Civil Veterinary Department. Central Provinces & Berar 1932-41 - 1932-1941
Year: 1932
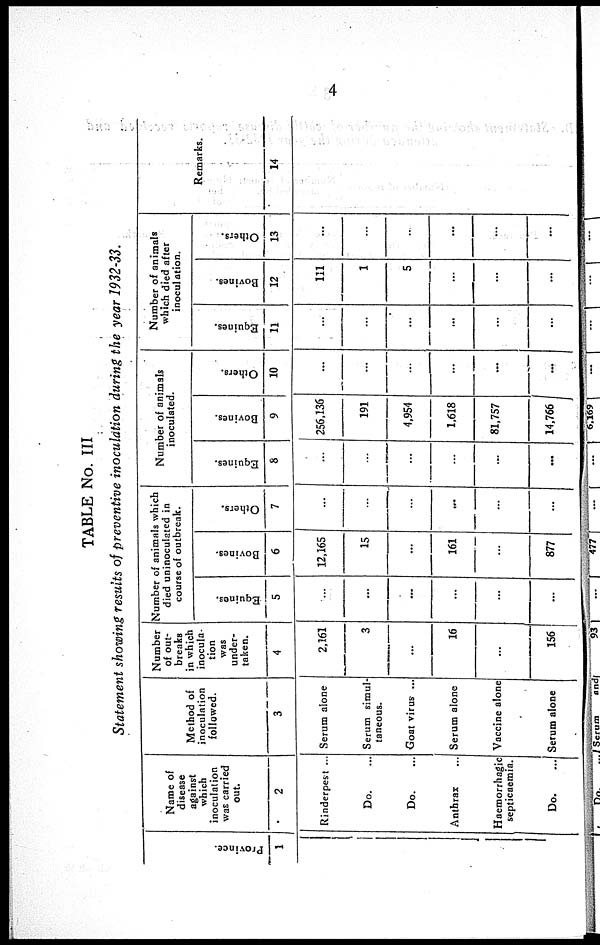
4
TABLE No. III
Statement showing results of preventive inoculation during the year 1932-33.
Pr ovi nce.
1
Name of
disease
against
which
inoculation
was carried
out.
2
Rinderpest ...
Do. ...
Do. ...
Anthrax ...
Haemorrhagic
septicaemia.
Do. ...
Method of
inoculation
followed.
3
Serum alone
Serum simul-
taneous.
Goat virus ...
Serum alone
Vaccine alone
Serum alone
Number
of out-
breaks
in which
inocula-
tion
was
under-
taken.
4
2,161
3
...
16
...
156
Number of animals which
died uninoculated in
course of outbreak.
Equines.
5
...
...
...
...
...
...
Bovines.
6
12,165
15
...
161
...
877
Others.
7
...
...
...
...
...
...
Number of animals
inoculated.
Equines.
8
...
...
...
...
...
...
Bovines.
9
256,136
191
4,954
1,618
81,757
14,766
Others.
10
...
...
...
...
...
...
Number of animals
which died after
inoculation.
Equines.
11
...
...
...
...
...
...
Bovines.
12
111
1
5
...
...
...
Others.
13
...
...
...
...
...
...
Remarks.
14